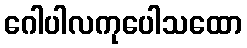
ဂေါပါလကုပေါသထော